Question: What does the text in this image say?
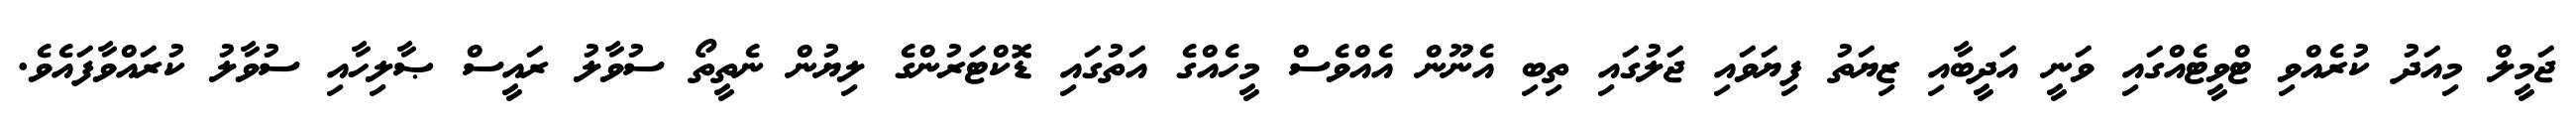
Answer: ޖަމީލް މިއަދު ކުރެއްވި ޓްވީޓެއްގައި ވަނީ އަދީބާއި ޒިޔަތު ފިޔަވައި ޖަލުގައި ތިބި އެނޫން އެއްވެސް މީހެއްގެ އަތުގައި ޑޮކްޓަރުންގެ ލިޔުން ނެތީތޯ ސުވާލު ރައީސް ޞާލިހާއި ސުވާލު ކުރައްވާފައެވެ.